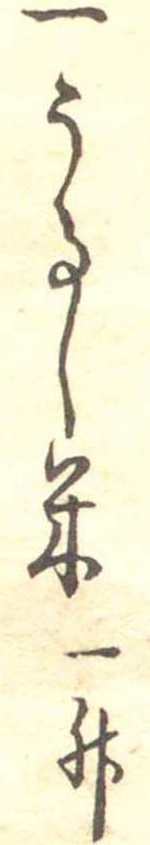
一うるし米一升